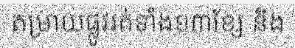
តម្រាយផ្លូវរត់ទាំង១៣ខ្សែ និង